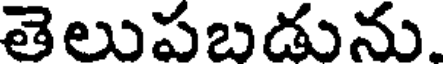
తెలుపబడును.